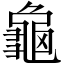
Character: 龜